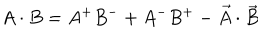
A \cdot B = A ^ { + } B ^ { - } + A ^ { - } B ^ { + } - \vec { A } \cdot \vec { B }